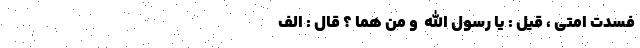
فَسَدَت اُمَّتي ، قيلَ : يا رسولَ اللّه ِ و مَن هُما ؟ قالَ : الف